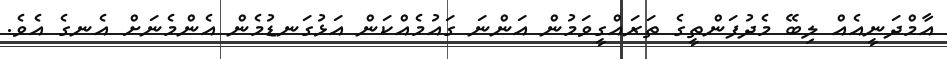
އާމްދަނީއެއް ލިބޭ މެދުފަންތީގެ ތަރައްގީވަމުން އަންނަ ގައުމެއްކަން އަޅުގަނޑުމެން އެންމެނަށް އެނގެ އެވެ.